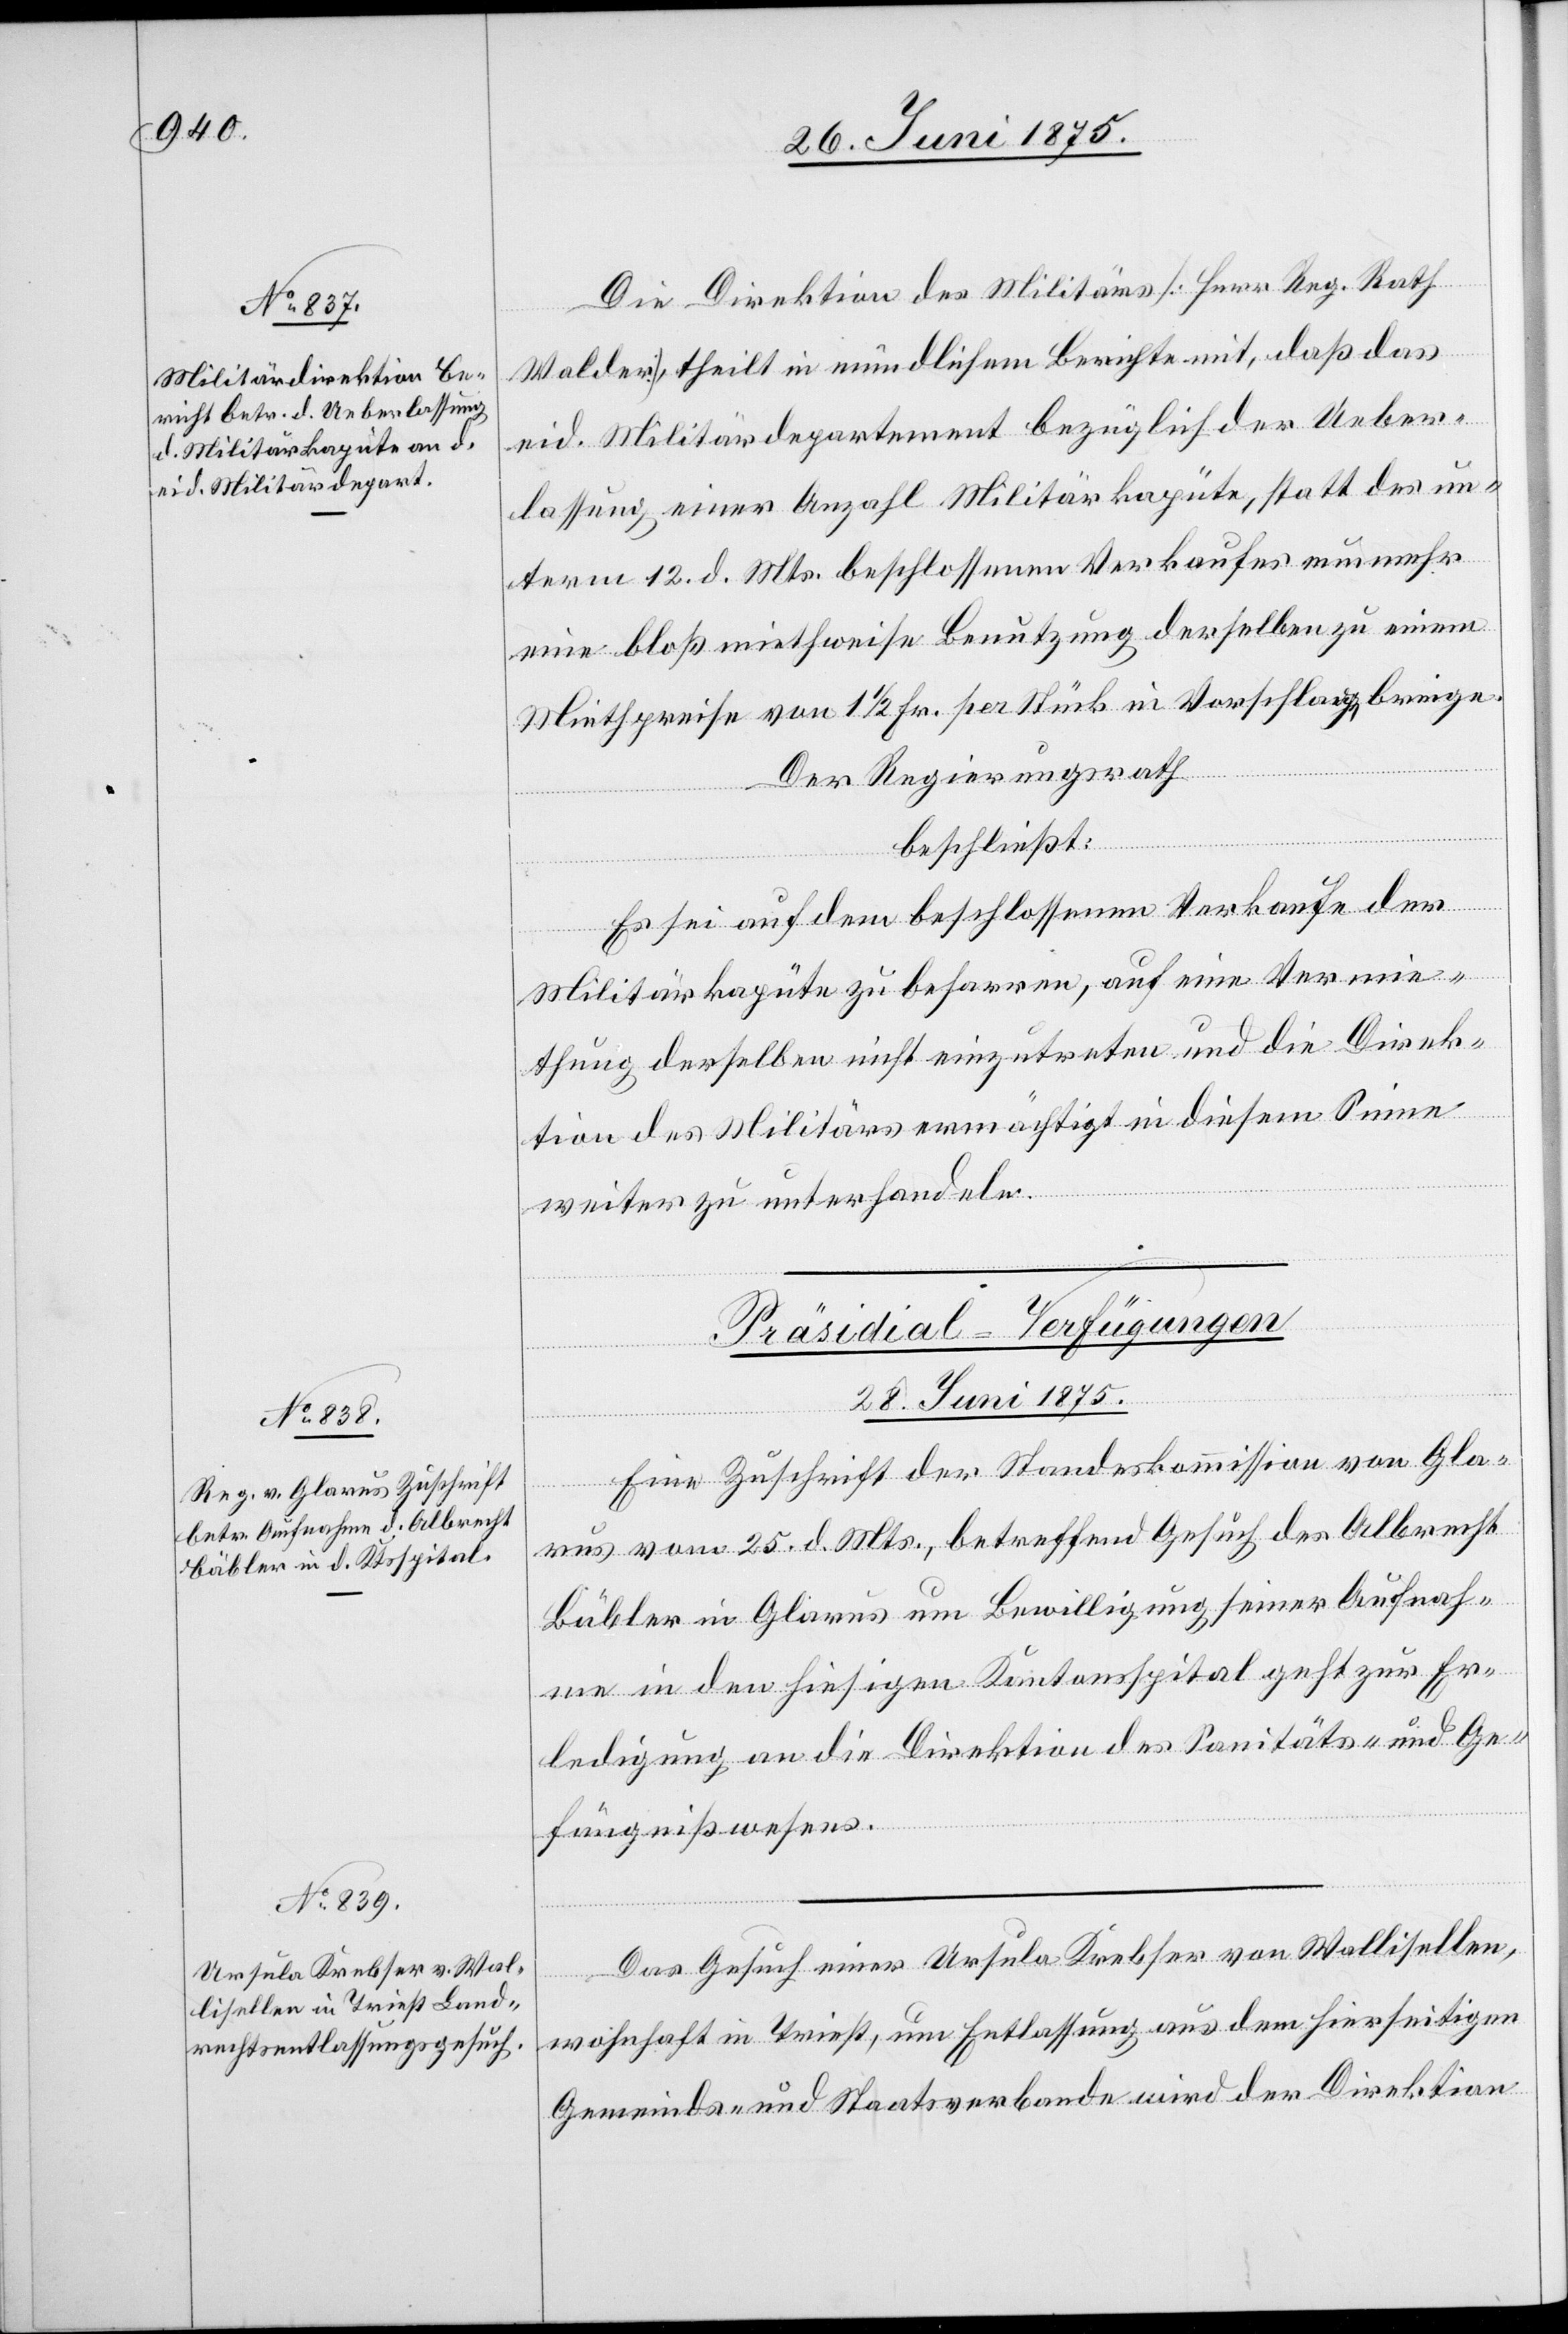
Die Direktion des Militärs [Herr Reg. Rath
Walder] theilt in mündlichem Berichte mit, daß das
eid. Militärdepartement bezüglich der Ueber¬
lassung einer Anzahl Militärkajüte, statt des un¬
term 12. d. Mts. beschlossenen Verkaufes nunmehr
eine bloß miethweise Benutzung derselben zu einem
Miethpreise von 1 1/2 Fr. per Stück in Vorschlage bringe.
Der Regierungsrath
beschließt:
Es sei auf dem beschlossenen Verkaufe der
Militärkajüte zu beharren, auf eine Vermie¬
thung derselben nicht einzutreten und die Direk¬
tion des Militärs ermächtigt in diesem Sinne
weiter zu unterhandeln.
[Präsidial-Verfügungen
28. Juni 1875.]
Eine Zuschrift der Standeskommission von Gla¬
rus vom 25. d. Mts., betreffend Gesuch des Albrecht
Bäbler in Glarus um Bewilligung seiner Aufnah¬
me in den hiesigen Kantonsspital geht zur Er¬
ledigung an die Direktion des Sanitäts- und Ge¬
fängnißwesens.
Das Gesuch einer Ursula Krebser von Wallisellen,
wohnhaft in Triest, um Entlassung aus dem hierseitigen
Gemeinds- und Staatsverbande wird der Direktion